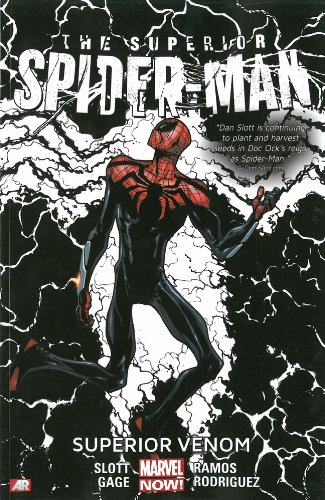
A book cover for Superior Spider-Man Volume 5: The Superior Venom (Marvel Now); Dan Slott; Teen & Young Adult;